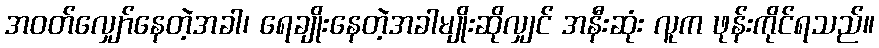
အဝတ်လျှော်နေတဲ့အခါ၊ ရေချိုးနေတဲ့အခါမျိုးဆိုလျှင် အနီးဆုံး လူက ဖုန်းကိုင်ရသည်။